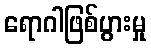
ရောဂါဖြစ်ပွားမှု